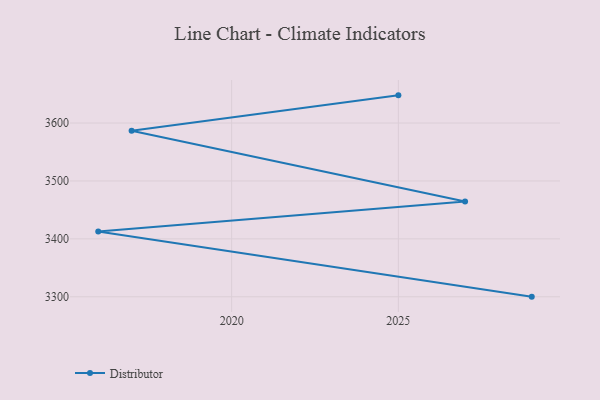
{"axis": {"x": "Year", "y": "Page Views"}, "legend": ["Distributor"], "data": [{"x": "2025", "y": 3647.8, "type": "Distributor"}, {"x": "2017", "y": 3586.7, "type": "Distributor"}, {"x": "2027", "y": 3464.4, "type": "Distributor"}, {"x": "2016", "y": 3412.8, "type": "Distributor"}, {"x": "2029", "y": 3300.2, "type": "Distributor"}]}